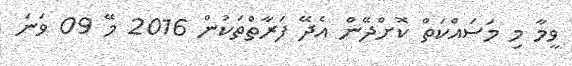
ވީމާ މި މަސައްކަތް ކޮށްދޭން އެދޭ ފަރާތްތަކުން 2016 މޭ 09 ވަނަ